Source: Handwritten
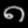
Digit: ၈ (8)